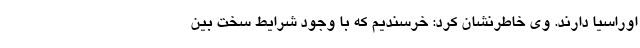
اوراسیا دارند. وی خاطرنشان کرد: خرسندیم که با وجود شرایط سخت بین‌